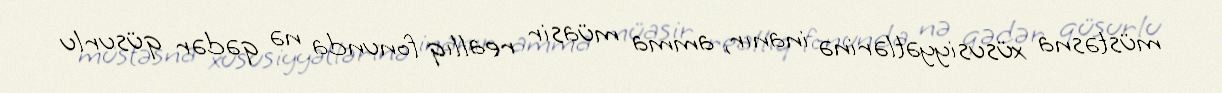
müstəsna xüsusiyyətlərinə inanır, amma müasir reallıq fonunda nə qədər qüsurlu